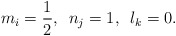
\begin{align*}m_i = \frac{1}{2}, \,\,\,n_j = 1,\,\,\, l_k = 0. \end{align*}